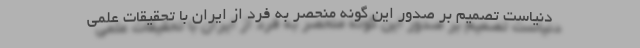
دنیاست تصمیم بر صدور این گونه منحصر به فرد از ایران با تحقیقات علمی